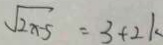
\sqrt { 2 x - 5 } = 3 + 2 k